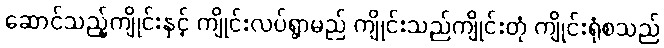
ဆောင်သည့်ကျိုင်းနှင့် ကျိုင်းလပ်ရွာမည် ကျိုင်းသည်ကျိုင်းတုံ ကျိုင်းရုံစသည်